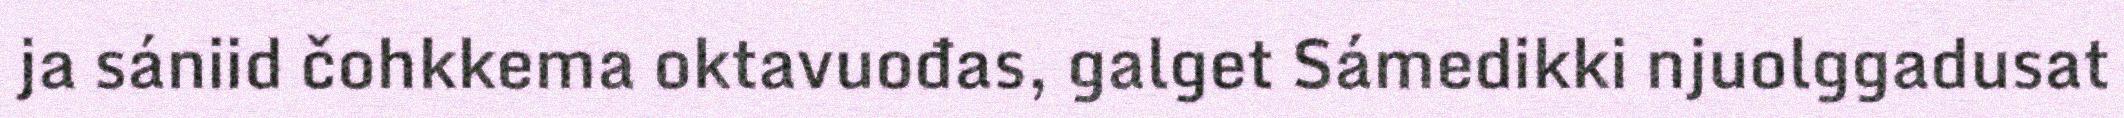
ja sániid čohkkema oktavuođas, galget Sámedikki njuolggadusat